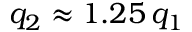
q _ { 2 } \approx 1 . 2 5 \, q _ { 1 }